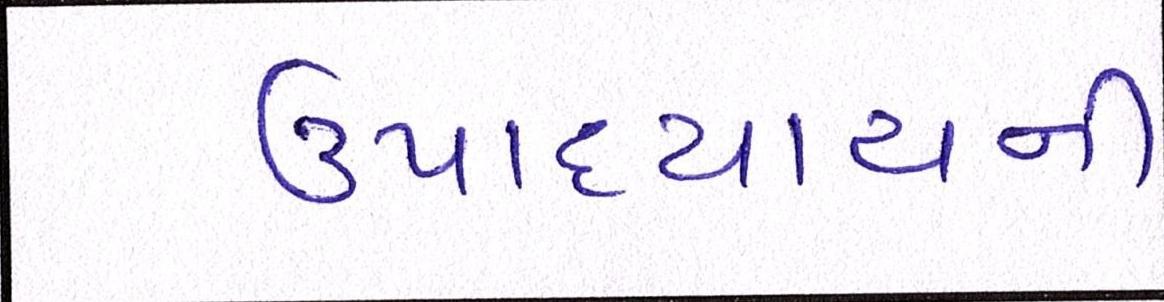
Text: ઉપાધ્યાયની